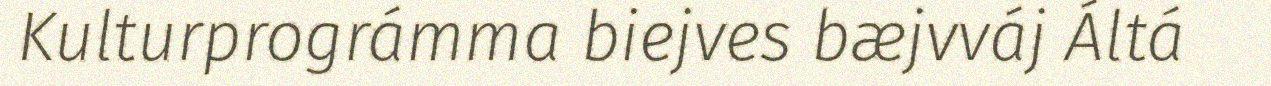
Kulturprográmma biejves bæjvváj Áltá